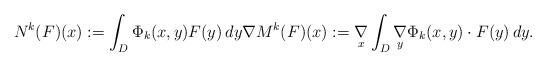
LaTeX: \begin{align*}N^k(F)(x):=\int_{D} \Phi_{k}(x,y)F(y)\,dy \nabla M^k(F)(x):=\underset{x}{\nabla}\int_{D}\underset{y}{\nabla}\Phi_{k}(x,y)\cdot F(y)\,dy.\end{align*}